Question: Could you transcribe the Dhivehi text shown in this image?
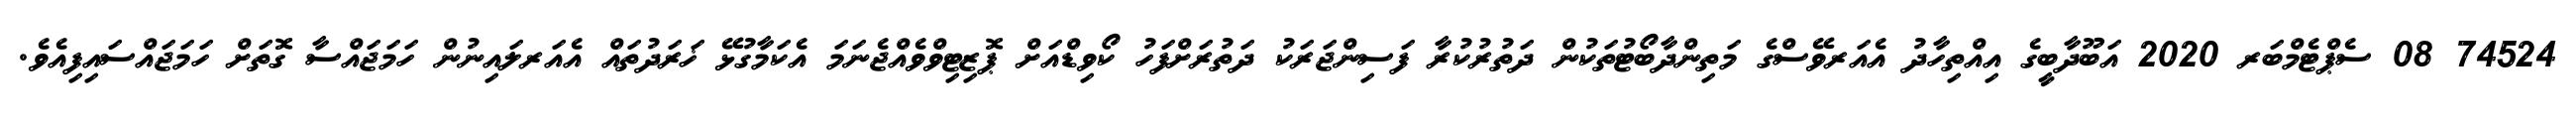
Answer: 74524 08 ސެޕްޓެމްބަރ 2020 އަބޫދާބީގެ އިއްތިހާދު އެއަރވޭސްގެ މަތިންދާބޯޓުތަކުން ދަތުރުކުރާ ފަސިންޖަރަކު ދަތުރަށްފަހު ކޯވިޑްއަށް ޕޮޒިޓިވްވެއްޖެނަމަ އެކަމާގުޅޭ ޚަރަދުތައް އެއަރލައިނުން ހަމަޖައްސާ ގޮތަށް ހަމަޖައްސައިފިއެވެ.